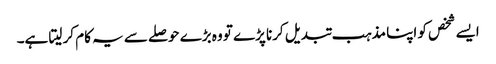
ایسے شخص کو اپنا مذہب تبدیل کرنا پڑے تو وہ بڑے حوصلے سے یہ کام کر لیتا ہے۔